Civil Veterinary Department Bihar reports 1940-50 - 1940-1950
Year: 1940
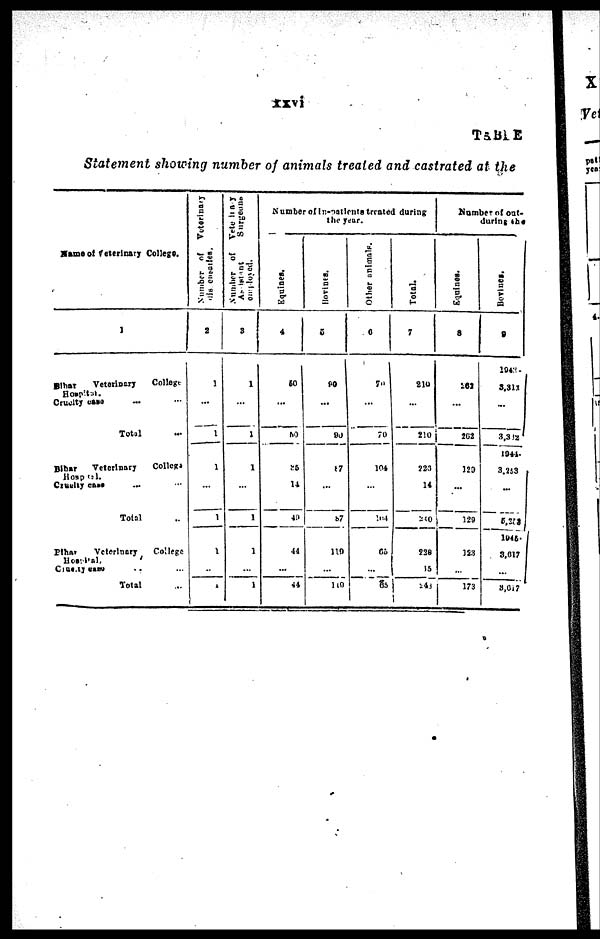
TABLE
Statement showing number of animals treated and castrated at the
Name of Veterinary College.
1
Bihar
Veterintry
College
Hospital.
Cruelty case ... ...
Total ...
Bihar
Veterinary
Collegs
Hospital.
Cruelty case ... ...
Total ...
Bihar
Veterinary,
College
Hospital
Cruelt case ...
Total ...
Number of
Veterinary
2
1
...
1
1
...
1
1
...
1
Number of Veterinary
Assistant
Surgeons
employed.
3
1
...
1
1
...
1
1
...
1
Number of in-patients treated during
the year.
Equines.
4
50
...
50
85
14
40
44
...
44
Bovines.
5
90
...
90
87
...
87
119
...
119
Other animals.
0
70
...
70
104
...
104
65
...
65
Total.
7
210
...
210
220
14
240
228
15
43
Number of out-
during the
Equines.
8
261
...
262
120
...
129
123
...
173
Bovines.
9
1942-
3,312
...
3,342
1944-
3.263
...
5,218
1945.
3.617
...
3,617